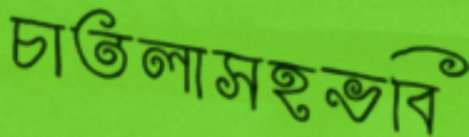
চাতলাসহভবি